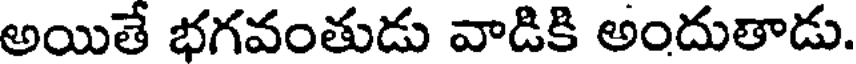
అయితే భగవంతుడు వాడికి అందుతాడు.